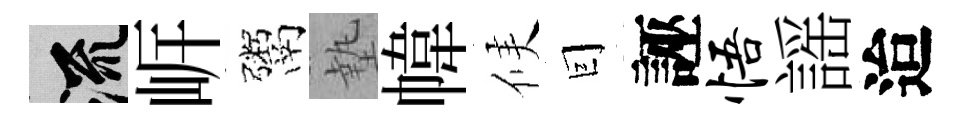
流㟁鬻墊幃候囙誣悟謡迨